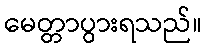
မေတ္တာပွားရသည်။